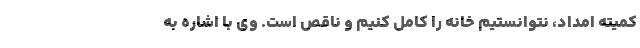
کمیته امداد، نتوانستیم خانه را کامل کنیم و ناقص است. وی با اشاره به